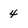
Character: 4